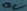
Text: 0V